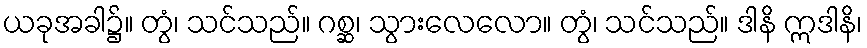
ယခုအခါ၌။ တွံ၊ သင်သည်။ ဂစ္ဆ၊ သွားလေလော။ တွံ၊ သင်သည်။ ဒါနိ ဣဒါနိ၊